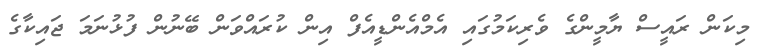
މިކަން ރައީސް ޔާމީންގެ ވެރިކަމުގައި އެމްއެންޑީއެފް އިން ކުރައްވަން ބޭނުން ފުޅުނަމަ ޖައިކާގެ